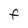
Character: F